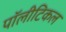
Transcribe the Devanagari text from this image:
पॉलीटिकल